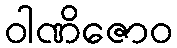
ဝါဏိဇောဝ